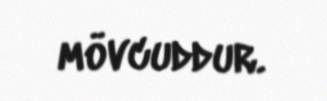
mövcuddur.